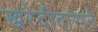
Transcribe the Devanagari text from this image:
खरेदीदाराने